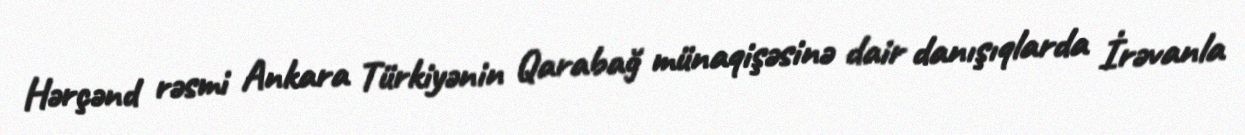
Hərçənd rəsmi Ankara Türkiyənin Qarabağ münaqişəsinə dair danışıqlarda İrəvanla